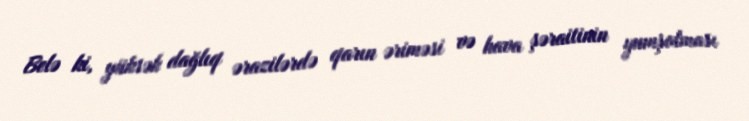
Belə ki, yüksək dağlıq ərazilərdə qarın əriməsi və hava şəraitinin yumşalması